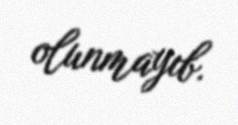
olunmayıb.